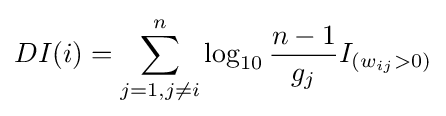
DI(i)=\sum _{j=1,j\neq i}^{n}\log _{10}{\frac {n-1}{g_{j}}}I_{(w_{ij}>0)}